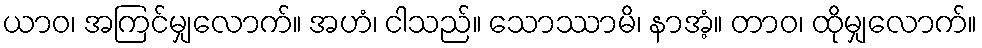
ယာဝ၊ အကြင်မျှလောက်။ အဟံ၊ ငါသည်။ သောဿာမိ၊ နာအံ့။ တာဝ၊ ထိုမျှလောက်။